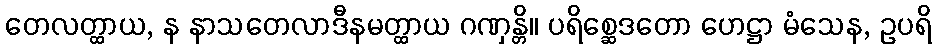
တေလတ္ထာယ, န နာသတေလာဒီနမတ္ထာယ ဂဏှန္တိ။ ပရိစ္ဆေဒတော ဟေဋ္ဌာ မံသေန, ဥပရိ